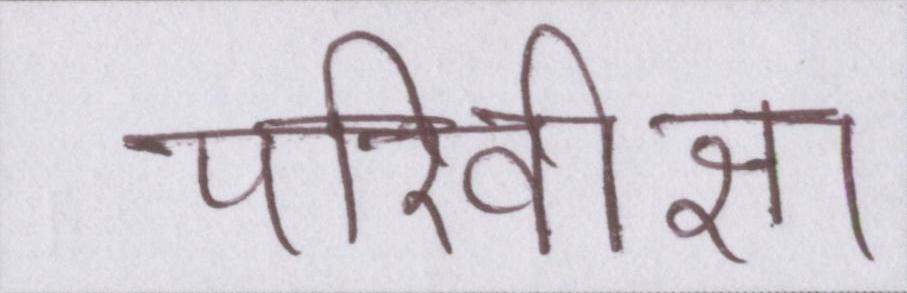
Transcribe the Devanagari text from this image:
परिवीक्षा